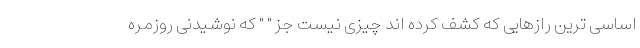
اساسی ترین رازهایی که کشف کرده اند چیزی نیست جز " " که نوشیدنی روزمره